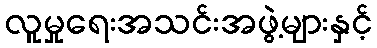
လူမှုရေးအသင်းအဖွဲ့များနှင့်